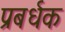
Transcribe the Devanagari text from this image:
प्रबर्धक